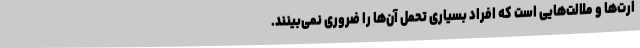
ارت‌ها و ملالت‌هایی است که افراد بسیاری تحمل آن‌ها را ضروری نمی‌بینند.